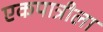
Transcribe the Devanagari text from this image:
एकपात्रीला